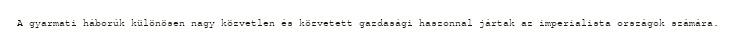
A gyarmati háborúk különösen nagy közvetlen és közvetett gazdasági haszonnal jártak az imperialista országok számára.